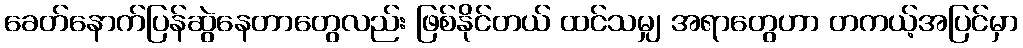
ခေတ်နောက်ပြန်ဆွဲနေတာတွေလည်း ဖြစ်နိုင်တယ် ထင်သမျှ အရာတွေဟာ တကယ့်အပြင်မှာ